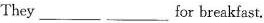
They ___ ___ for breakfast.